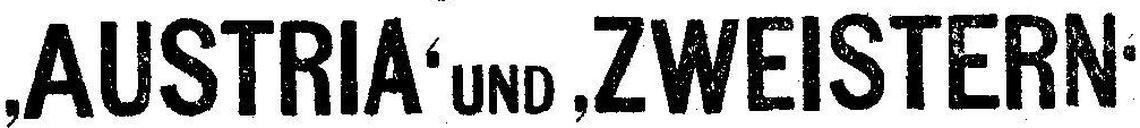
‚AUSTRIA‘ und ‚ZWEISTERN‘